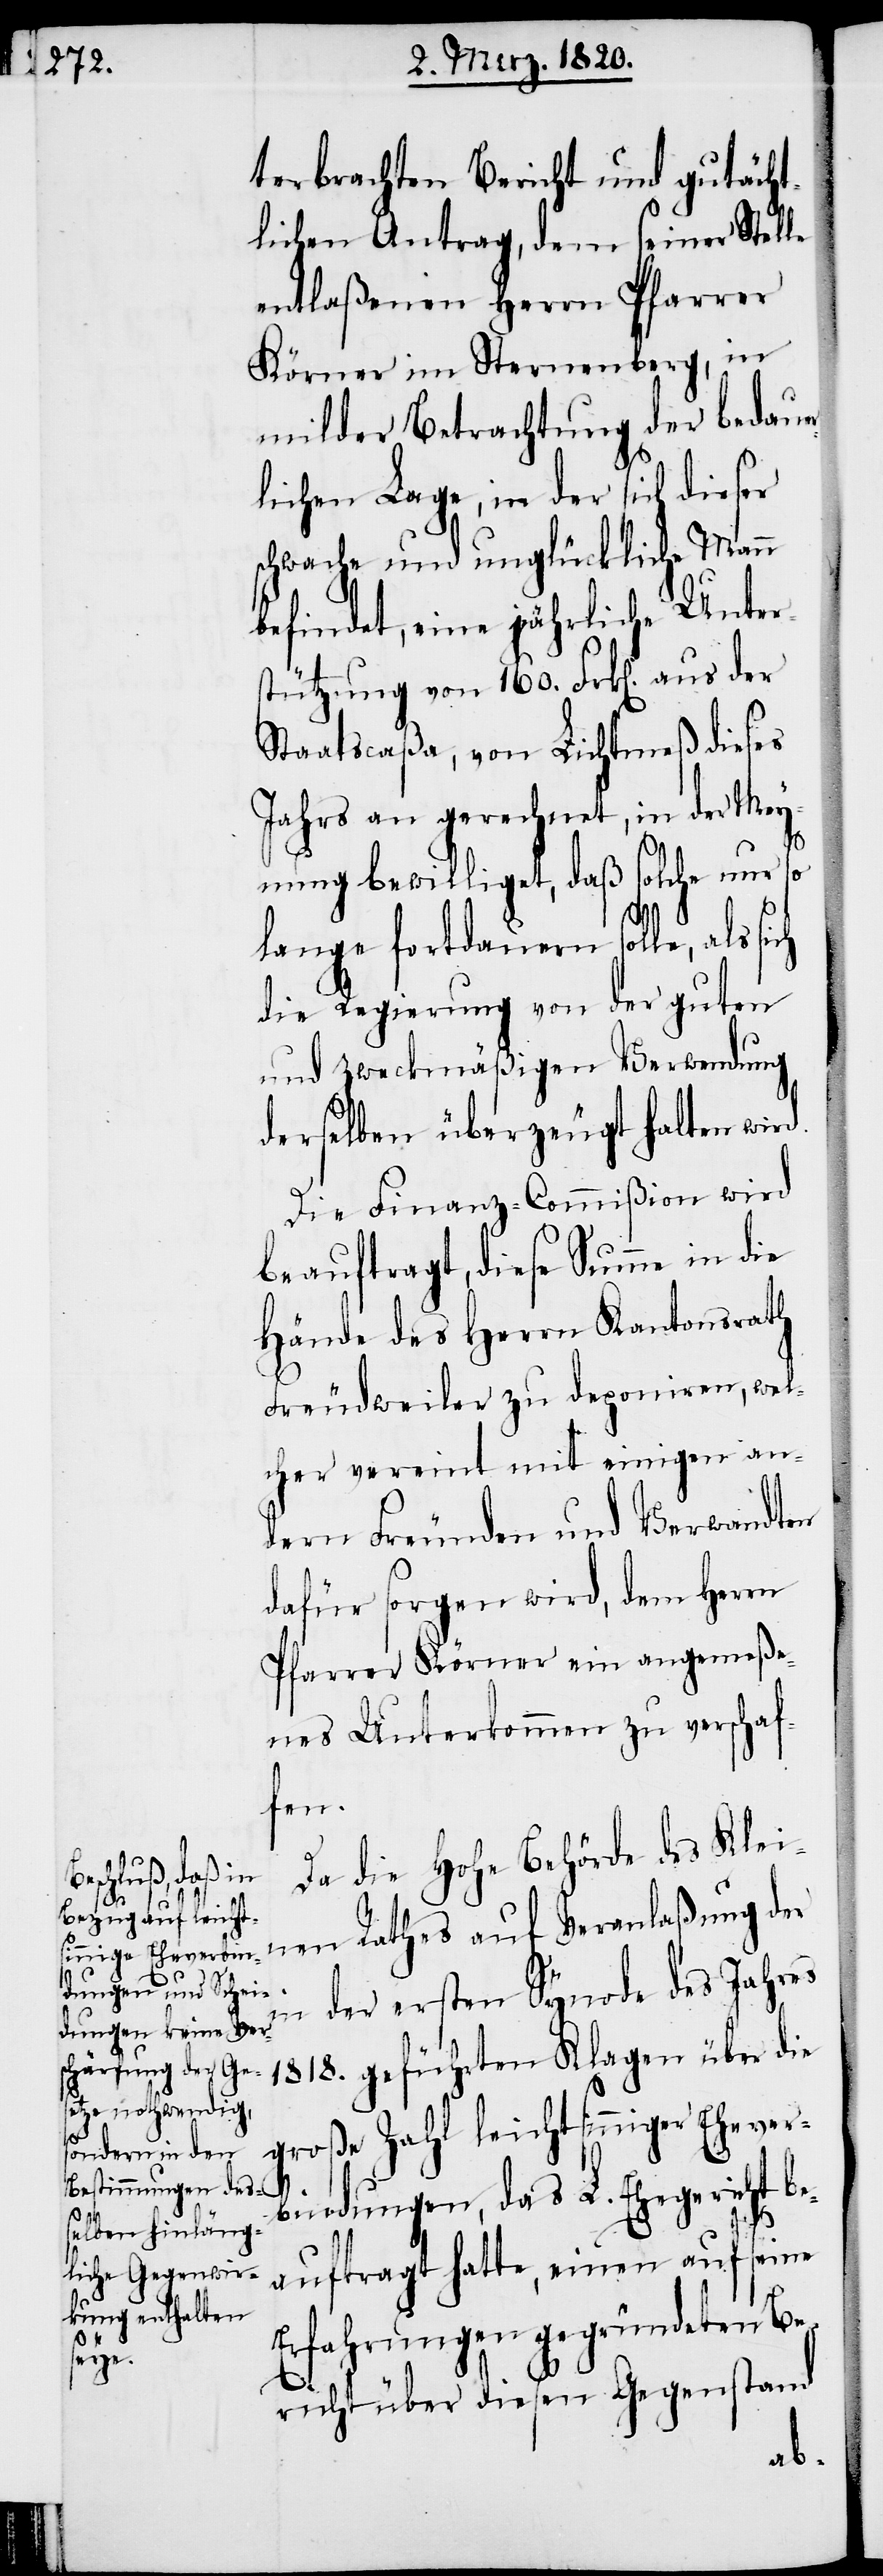
terbrachten Bericht und gutächt¬
lichen Antrag, dem seiner Stelle
entlaßenen Herrn Pfarrer
Körner im Sternenberg, in
milder Betrachtung der bedauer¬
lichen Lage, in der sich dieser
schwache und unglückliche Mann
befindet, eine jährliche Unter¬
stützung von 160. Frk[en]. aus der
Staatscaßa, von Lichtmeß dieses
Jahrs an gerechnet, in der Mey¬
nung bewilliget, daß solche nur so
lange fortdauern solle, als sich
die Regierung von der guten
und zweckmäßigen Verwendung
derselben überzeugt halten wird.
Die Finanz-Commißion wird
beauftragt, diese Summe in die
Hände des Herrn Kantonsrath
Freudweiler zu deponiren, wel¬
cher vereint mit einigen an¬
dern Freunden und Verwandten
dafür sorgen wird, dem Herrn
Pfarrer Körner ein angemeße¬
nes Unterkommen zu verschaf¬
fen.
in
Da die Hohe Behörde des Klei¬
nen Rathes auf Veranlaßung der
der ersten Synode des Jahres
1818. geführten Klagen über die
große Zahl leichtsinniger Ehever¬
bindungen, das L. Ehegericht b¬
eauftragt hatte, einen auf seine
Erfahrungen gegründeten Be¬
richt über diesen Gegenstand